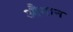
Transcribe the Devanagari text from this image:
औसान